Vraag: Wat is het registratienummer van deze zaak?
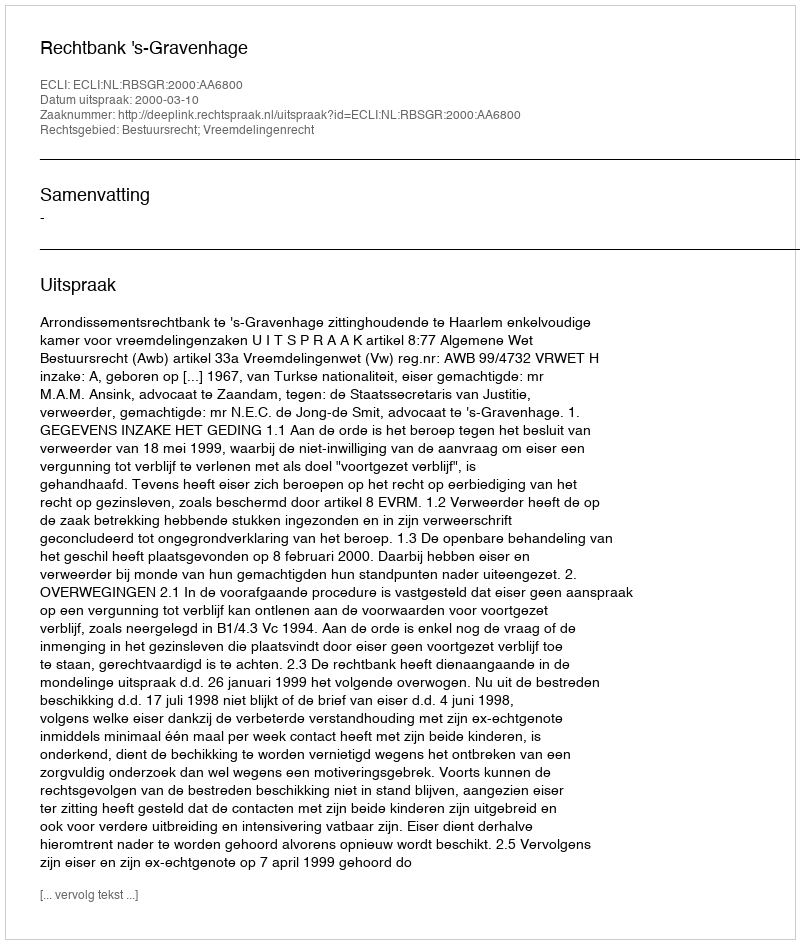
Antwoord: http://deeplink.rechtspraak.nl/uitspraak?id=ECLI:NL:RBSGR:2000:AA6800